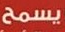
يسمح